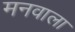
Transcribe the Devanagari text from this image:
मनवाला